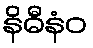
နိဓီနံဝ